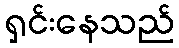
ရှင်းနေသည်